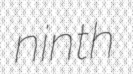
ninth